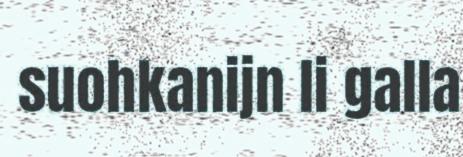
suohkanijn li galla